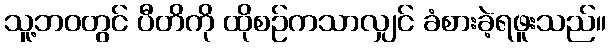
သူ့ဘဝတွင် ပီတိကို ထိုစဉ်ကသာလျှင် ခံစားခဲ့ရဖူးသည်။